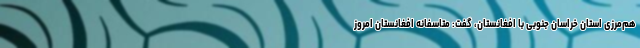
هم‌مرزی استان خراسان جنوبی با افغانستان، گفت: متاسفانه افغانستان امروز